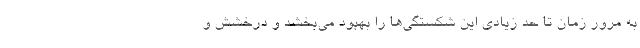
به مرور زمان تا حد زیادی این شکستگی­ها را بهبود می­بخشد و درخشش و